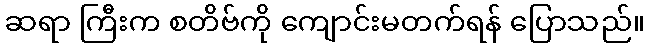
ဆရာ ကြီးက စတိဗ်ကို ကျောင်းမတက်ရန် ပြောသည်။